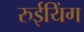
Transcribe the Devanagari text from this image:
रुईयिंग